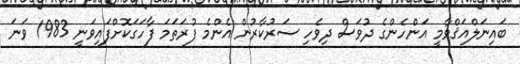
ބައިނަލްއަޤްވާމީ އަންހެންގެ ދުވަސް ދިވެހި ސަރުކާރުން އެންމެ ފުރަތަމަ ފާހަގަކޮށްފައިވަނީ 1983 ވަނަ